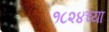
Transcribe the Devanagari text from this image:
१८२४च्या